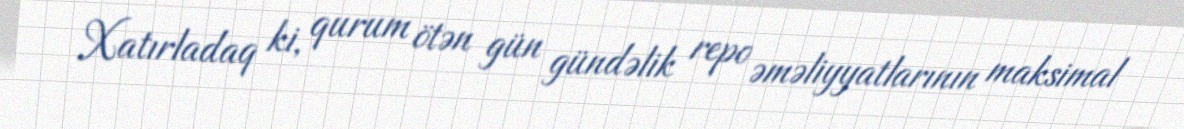
Xatırladaq ki, qurum ötən gün gündəlik repo əməliyyatlarının maksimal